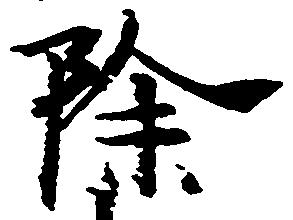
除